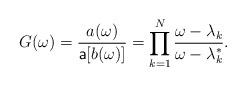
LaTeX: \begin{align*}G(\omega)=\frac{a(\omega)}{\mathsf{a}[b(\omega)]} = \prod_{k=1}^N\frac{\omega-\lambda_k}{\omega-\lambda_k^*}.\end{align*}